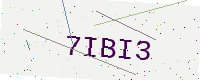
Text: 7IBI3